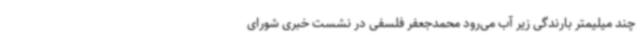
چند میلیمتر بارندگی زیر آب می‌رود محمدجعفر فلسفی در نشست خبری شورای